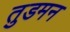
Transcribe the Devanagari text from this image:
तुडमन